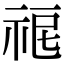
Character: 𥙤